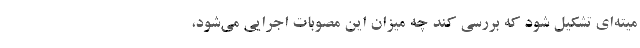
میته‌ای تشکیل شود که بررسی کند چه میزان این مصوبات اجرایی می‌شود،